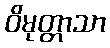
ဝိမုတ္တာသာ